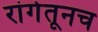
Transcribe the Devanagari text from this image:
रांगेतूनच